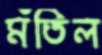
মঁতিল